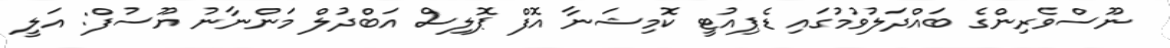
ނޫސްވެރިންގެ ބައްދަލުވުމުގައި ޑެޕިއުޓީ ކޮމިޝަނާ އޮފް ޕޮލިސް އަބްދުލް މަންނާނު ޔޫސުފް: އަލީ